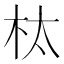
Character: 𮲬